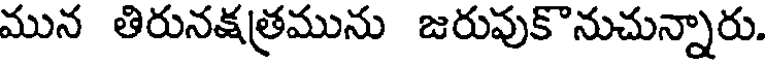
మున తిరునక్షత్రమును జరువుకొనుచున్నారు.